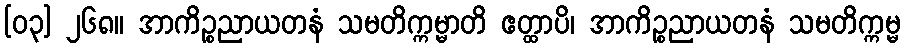
[၀၃] ၂၆၈။ အာကိဉ္စညာယတနံ သမတိက္ကမ္မာတိ ဧတ္ထာပိ၊ အာကိဉ္စညာယတနံ သမတိက္ကမ္မ